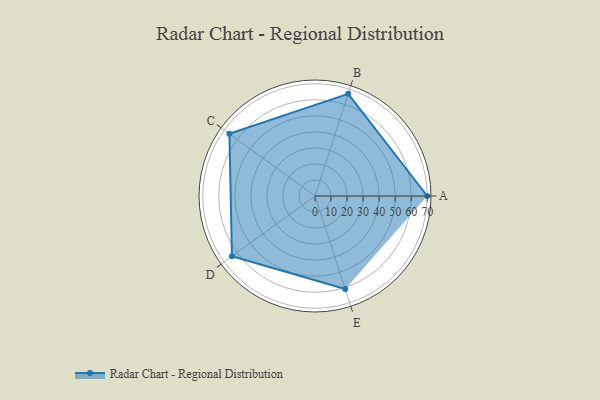
{"axis": {"x": "Skill", "y": "Score"}, "legend": ["Profile"], "data": [{"x": "A", "y": 70.0, "type": "Profile"}, {"x": "B", "y": 67.0, "type": "Profile"}, {"x": "C", "y": 66.0, "type": "Profile"}, {"x": "D", "y": 64.0, "type": "Profile"}, {"x": "E", "y": 61.0, "type": "Profile"}]}